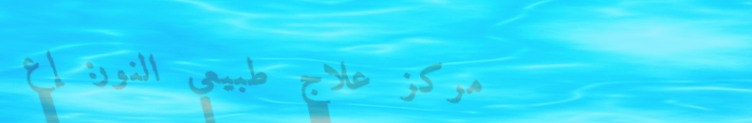
مركز علاج طبيعي النور: إع